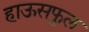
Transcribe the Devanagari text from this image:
हाऊसफुल